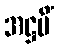
အဋ္ဌမိံ